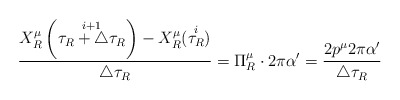
\begin{align*}\frac{X^\mu_R\left(\stackrel{i+1}{\tau_R+\triangle\tau_R}\right)-X^\mu_R(\stackrel{i}{\tau_R})}{\triangle\tau_R}=\Pi^\mu_R\cdot2\pi\alpha'=\frac{2p^\mu2\pi\alpha'}{\triangle\tau_R}\end{align*}